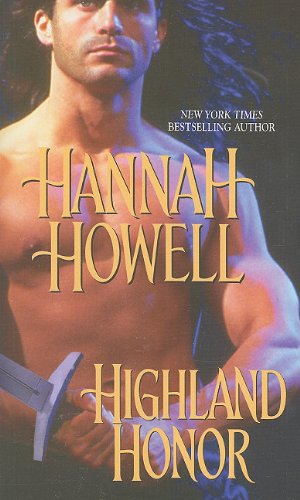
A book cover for HIGHLAND HONOR; Hannah Howell; Romance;